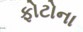
ફોટોના